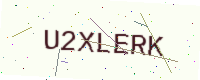
Text: U2XLERK